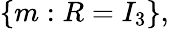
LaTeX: \{ m:R=I_{3}\} ,